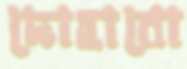
দোহাবো